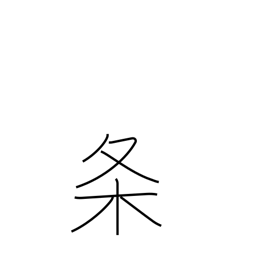
Meaning: clause